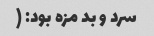
سرد و بد مزه بود: (